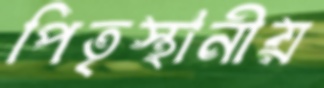
পিতৃস্থানীয়